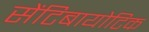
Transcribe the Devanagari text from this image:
सेंटिबायोटिक